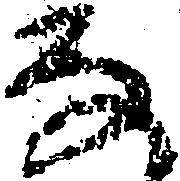
な